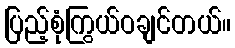
ပြည့်စုံကြွယ်ဝချင်တယ်။